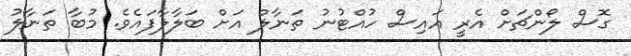
ގޮސް ލޯންޗަށް އެރީ އައިސް ހުއްޓުނު ތަނާލް އަށް ބަލާލާފައެވެ. މުބާ ތަނާލު